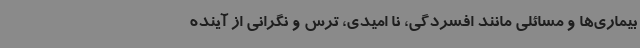
بیماری‌ها و مسائلی مانند افسردگی، نا امیدی، ترس و نگرانی از آینده